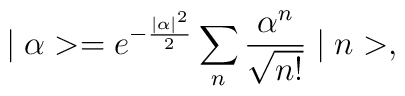
\mid \alpha>=e^{-\frac{\mid \alpha \mid^2}{2}} \sum_{n} \frac{\alpha^{n}}{\sqrt{n!}} \mid n>,